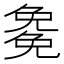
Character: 𭀰